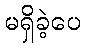
မရှိခဲ့ပေ